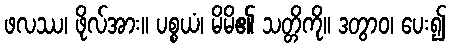
ဖလဿ၊ ဖိုလ်အား။ ပစ္စယံ၊ မိမိ၏ သတ္တိကို။ ဒတွာဝ၊ ပေး၍